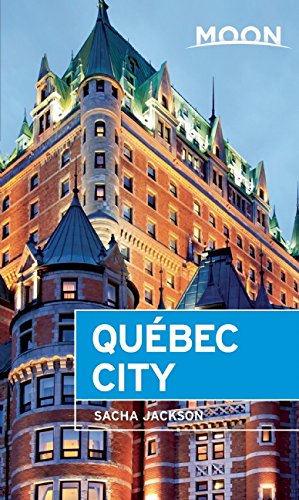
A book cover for Moon QuÃ©bec City (Moon Handbooks); Sacha Jackson; Travel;